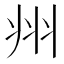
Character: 𭘀